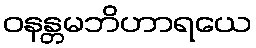
ဝနန္တမဘိဟာရယေ